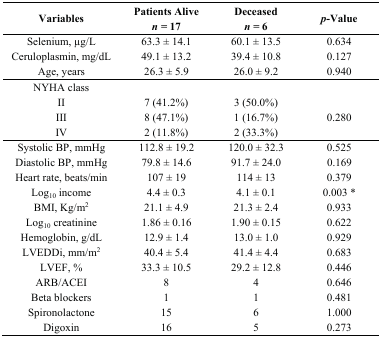
<table><thead><tr><td><b>Variables</b></td><td><b>Patients Alive<i>n =</i> 17</b></td><td><b>Deceased<i>n =</i> 6</b></td><td><b><i>p</i>-Value</b></td></tr></thead><tbody><tr><td>Selenium, μg/L</td><td>63.3 ± 14.1</td><td>60.1 ± 13.5</td><td>0.634</td></tr><tr><td>Ceruloplasmin, mg/dL</td><td>49.1 ± 13.2</td><td>39.4 ± 10.8</td><td>0.127</td></tr><tr><td>Age, years</td><td>26.3 ± 5.9</td><td>26.0 ± 9.2</td><td>0.940</td></tr><tr><td>NYHA class</td><td></td><td></td><td></td></tr><tr><td>II</td><td>7 (41.2%)</td><td>3 (50.0%)</td><td rowspan="3">0.280</td></tr><tr><td>III</td><td>8 (47.1%)</td><td>1 (16.7%)</td></tr><tr><td>IV</td><td>2 (11.8%)</td><td>2 (33.3%)</td></tr><tr><td>Systolic BP, mmHg</td><td>112.8 ± 19.2</td><td>120.0 ± 32.3</td><td>0.525</td></tr><tr><td>Diastolic BP, mmHg</td><td>79.8 ± 14.6</td><td>91.7 ± 24.0</td><td>0.169</td></tr><tr><td>Heart rate, beats/min</td><td>107 ± 19</td><td>114 ± 13</td><td>0.379</td></tr><tr><td>Log<sub>10</sub> income</td><td>4.4 ± 0.3</td><td>4.1 ± 0.1</td><td>0.003 *</td></tr><tr><td>BMI, Kg/m<sup>2</sup></td><td>21.1 ± 4.9</td><td>21.3 ± 2.4</td><td>0.933</td></tr><tr><td>Log<sub>10</sub> creatinine</td><td>1.86 ± 0.16</td><td>1.90 ± 0.15</td><td>0.622</td></tr><tr><td>Hemoglobin, g/dL</td><td>12.9 ± 1.4</td><td>13.0 ± 1.0</td><td>0.929</td></tr><tr><td>LVEDDi, mm/m<sup>2</sup></td><td>40.4 ± 5.4</td><td>41.4 ± 4.4</td><td>0.683</td></tr><tr><td>LVEF, %</td><td>33.3 ± 10.5</td><td>29.2 ± 12.8</td><td>0.446</td></tr><tr><td>ARB/ACEI</td><td>8</td><td>4</td><td>0.646</td></tr><tr><td>Beta blockers</td><td>1</td><td>1</td><td>0.481</td></tr><tr><td>Spironolactone</td><td>15</td><td>6</td><td>1.000</td></tr><tr><td>Digoxin</td><td>16</td><td>5</td><td>0.273</td></tr></tbody></table>